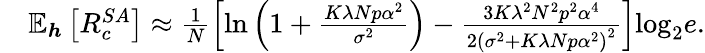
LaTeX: \begin{array}{rl}&{\mathbb{E}_{\boldsymbol{h}}\left[R_{c}^{SA}\right]\approx\frac{1}{N}\left[\mathrm{ln}\left(1+\frac{K\lambda Np\alpha^{2}}{\sigma^{2}}\right)-\frac{3K\lambda^{2}N^{2}p^{2}\alpha^{4}}{2\left(\sigma^{2}+K\lambda Np\alpha^{2}\right)^{2}}\right]\mathrm{log}_{2}e.}\end{array}